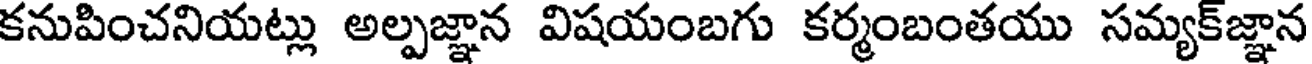
కనుపించనియట్లు అల్పజ్ఞాన విషయంబగు కర్మంబంతయు సమ్యక్జ్ఞాన